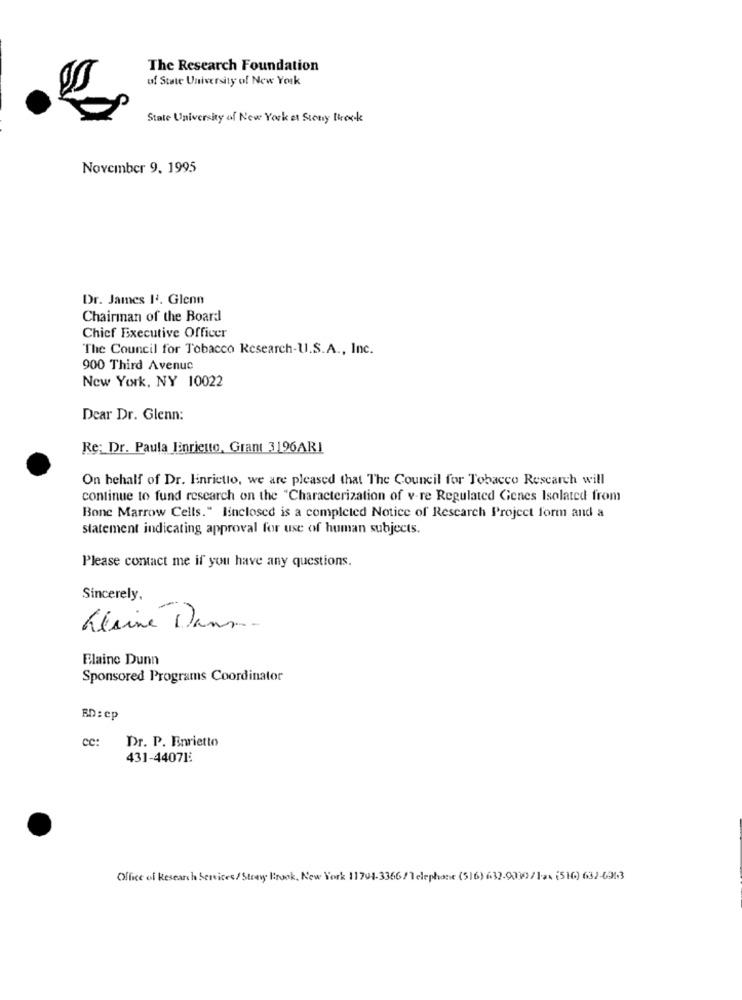
The Research Foundation
of State University of New York
State University of New York et Stony Brook
November 9. 1995
Dr. James 13. Glenn
Chairman of the Board
Chief Executive Officer
The Council for Tobacco Research-U.S.A ., Inc.
900 Third Avenue
New York, NY 10022
Dear Dr. Glenn:
Re: Dr. Paula Finrietto, Grant 3196ARI
On behalf of Dr. Hinrictto, we are pleased that The Council for Tobacco Research will
continue to fund research on the "Characterization of v-re Regulated Genes Isolated from
Bone Marrow Cells." linclosed is a completed Notice of Research Project form and a
statement indicating approval for use of human subjects.
Please contact me if you have any questions.
Sincerely,
Lésiné Dann.
Elaine Dunn
Sponsored Programs Coordinator
BD : cp
cc:
Dr. P. Enrietto
431-44071:
Office of Research Services/Stony Brook, New York 11794-3366/Telephone (516) 632.9030/12x (516) 632-6963